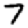
Digit: 7